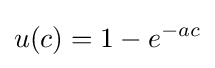
u(c)=1-e^{-ac}